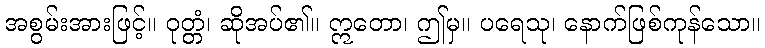
အစွမ်းအားဖြင့်။ ဝုတ္တံ၊ ဆိုအပ်၏။ ဣတော၊ ဤမှ။ ပရေသု၊ နောက်ဖြစ်ကုန်သော။